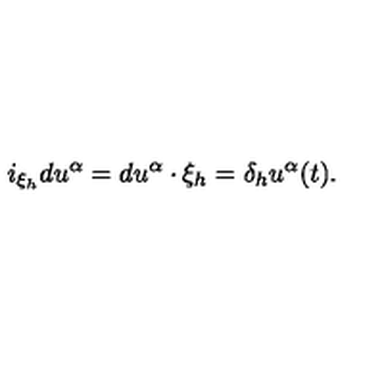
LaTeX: i _ { \xi _ { h } } d u ^ { \alpha } = d u ^ { \alpha } \cdot \xi _ { h } = \delta _ { h } u ^ { \alpha } ( t ) .